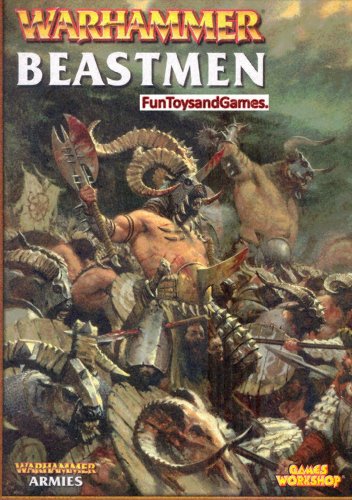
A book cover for Beastmen (Warhammer Armies); Andy Hoare; Science Fiction & Fantasy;